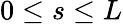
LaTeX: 0\le s\le L